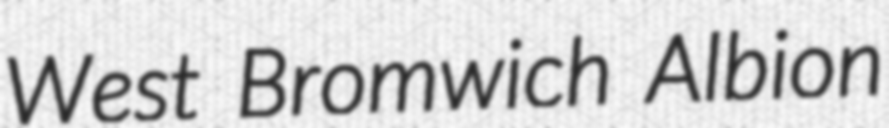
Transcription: West Bromwich Albion